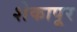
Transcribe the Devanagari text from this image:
शेकापूर